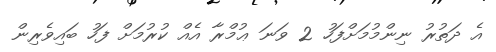
އެ ދަތުރު ނިންމުމަށްފަހު 2 ވަނަ ޢުމްރާ އެއް ކުރުމަށް ފަހު ބައިވެރިން